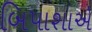
બિપાશાએ